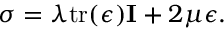
\boldsymbol { \sigma } = \lambda \mathrm { t r } ( \boldsymbol { \epsilon } ) \mathbf { I } + 2 \mu \boldsymbol { \epsilon } .